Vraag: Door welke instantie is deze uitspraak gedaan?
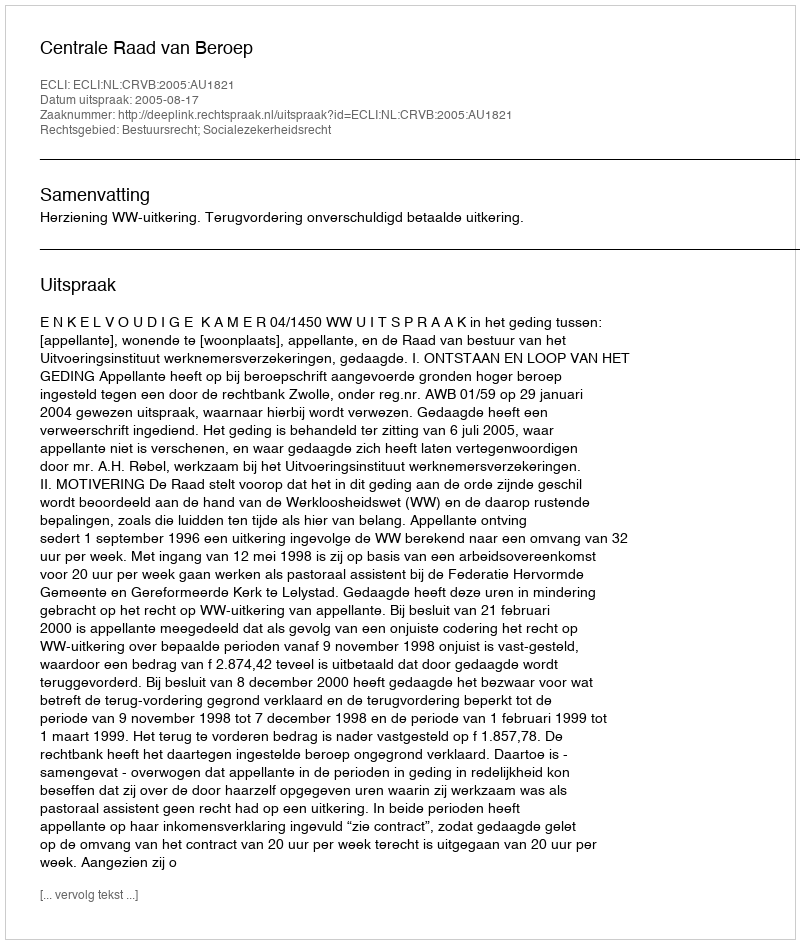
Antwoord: Centrale Raad van Beroep